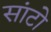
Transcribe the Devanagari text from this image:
सांटो